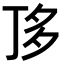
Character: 𠀲